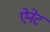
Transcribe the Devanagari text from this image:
ऐनेट